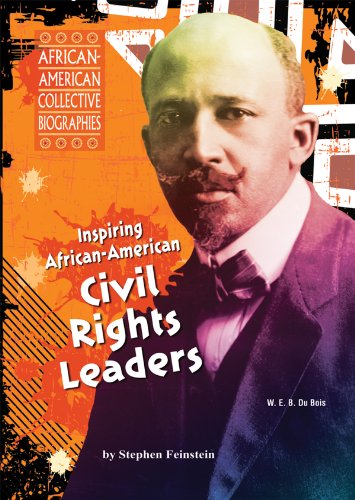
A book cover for Inspiring African-American Civil Rights Leaders (African-American Collective Biographies); Stephen Feinstein; Teen & Young Adult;